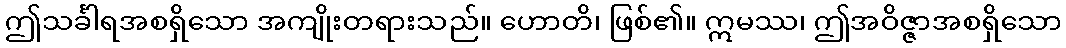
ဤသင်္ခါရအစရှိသော အကျိုးတရားသည်။ ဟောတိ၊ ဖြစ်၏။ ဣမဿ၊ ဤအဝိဇ္ဇာအစရှိသော